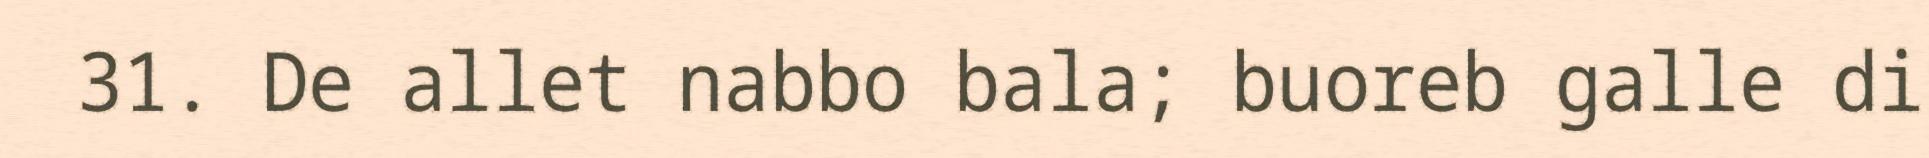
31. De allet nabbo bala; buoreb galle di